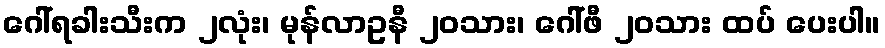
ဂေါ်ရခါးသီးက ၂လုံး၊ မုန်လာဥနီ ၂၀သား၊ ဂေါ်ဖီ ၂၀သား ထပ် ပေးပါ။